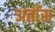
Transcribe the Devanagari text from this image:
अर्तास